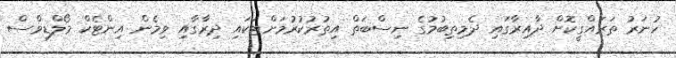
ހުނަރު ތަރައްގީކޮށް ދާއިރާގައި ދެމިތިބުމުގެ ނިސްބަތް އިތުރުކުރުމަށްޓަކައި ދިރާގާއި ވިމެން އިންޓެކް މޯލްޑިވްސް